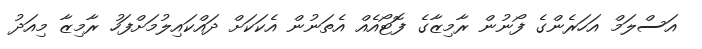
އަސްލަމް އަހަރެންގެ ފޯނުން ރާމިޒާގެ ފޮޓޯއެއް އެތަނުން އެކަކަށް ދައްކައިލުމަށްފަހު ރާމިޒާ މިއަދު